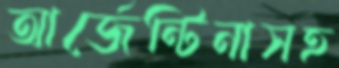
আর্জেন্টিনাসহ